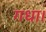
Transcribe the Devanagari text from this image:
गधा।